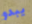
يبدو